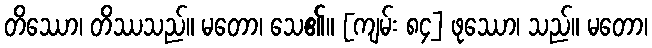
တိဿော၊ တိဿသည်။ မတော၊ သေ၏။ [ကျမ်း ၈၄] ဖုဿော၊ သည်။ မတော၊